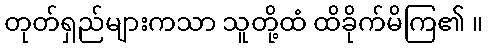
တုတ်ရှည်များကသာ သူတို့ထံ ထိခိုက်မိကြ၏ ။